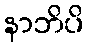
နာဘိပိ